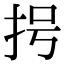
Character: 𢪶